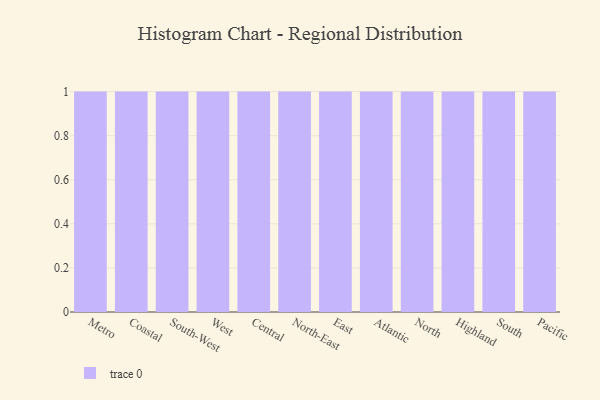
{"axis": {"x": "Region", "y": "Budget (USD K)"}, "legend": [""], "data": [{"x": "Metro", "y": 12, "type": ""}, {"x": "Coastal", "y": 52, "type": ""}, {"x": "South-West", "y": 24, "type": ""}, {"x": "West", "y": 97, "type": ""}, {"x": "Central", "y": 69, "type": ""}, {"x": "North-East", "y": 66, "type": ""}, {"x": "East", "y": 1, "type": ""}, {"x": "Atlantic", "y": 68, "type": ""}, {"x": "North", "y": 30, "type": ""}, {"x": "Highland", "y": 63, "type": ""}, {"x": "South", "y": 42, "type": ""}, {"x": "Pacific", "y": 13, "type": ""}]}